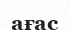
ағас